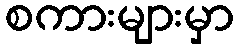
စကားများမှာ